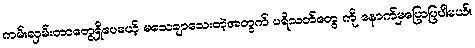
ကမ်းလှမ်းတာတွေရှိပေမယ့် မသေချာသေးတဲ့အတွက် ပရိသတ်တွေ ကို နောက်မှပြောပြပါမယ်။